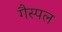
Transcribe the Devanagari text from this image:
गैस्पल